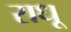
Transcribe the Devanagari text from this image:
राधू